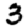
Digit: 3